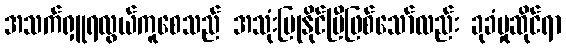
အသက်ရှူရလွယ်ကူစေသည် အသုံးပြုနိုင်ပြီဖြစ်သော်လည်း ခုခံမှုဆိုင်ရာ